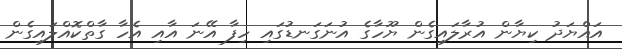
އައްޔަދު ކިޔާން އުރާލައިގެން ޔޫހާގެ އުނަގަނޑުގައި ހިފާ އޭނަ އާއި އެހާ ގާތްކޮއްލައިގެން